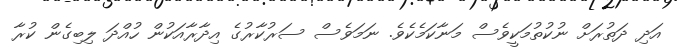
އަދި ދަތުރަށް ނުކުތުމަކީވެސް މަނާކަމެކެވެ. ނަމަވެސް ސަރުކާރުގެ އިދާރާއަކުން ހުއްދަ ލިބިގެން ކުރާ